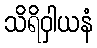
သိရိဝှါယနံ